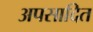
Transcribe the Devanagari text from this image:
अपसादित